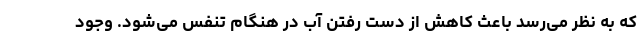
که به نظر می‌رسد باعث کاهش از دست رفتن آب در هنگام تنفس می‌شود. وجود